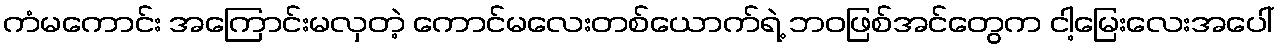
ကံမကောင်း အကြောင်းမလှတဲ့ ကောင်မလေးတစ်ယောက်ရဲ့ ဘဝဖြစ်အင်တွေက ငါ့မြေးလေးအပေါ်